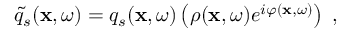
\widetilde { q } _ { s } ( \mathbf { x } , \omega ) = q _ { s } ( \mathbf { x } , \omega ) \left( \rho ( \mathbf { x } , \omega ) e ^ { i \varphi ( \mathbf { x } , \omega ) } \right) \; ,